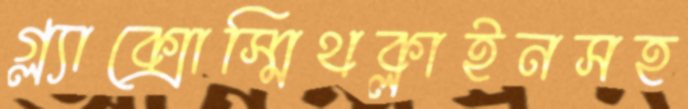
গ্ল্যাক্সোস্মিথক্লাইনসহ